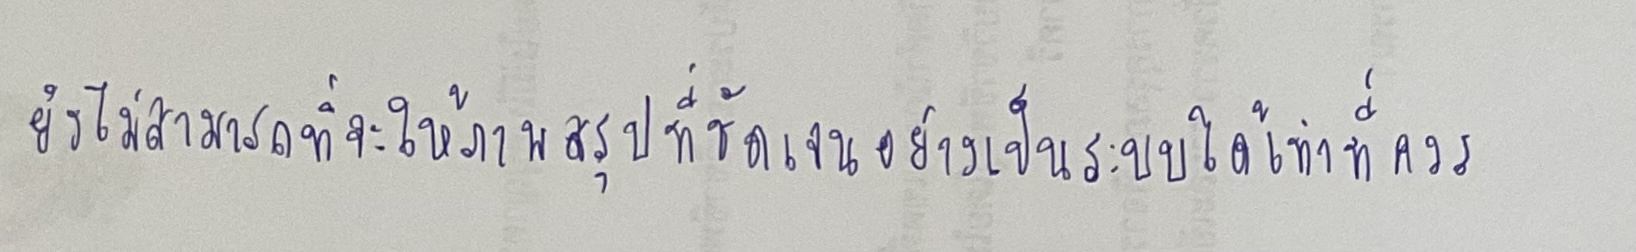
ยังไม่สามารถที่จะให้ภาพสรุปที่ชัดเจนอย่างเป็นระบบได้เท่าที่ควร